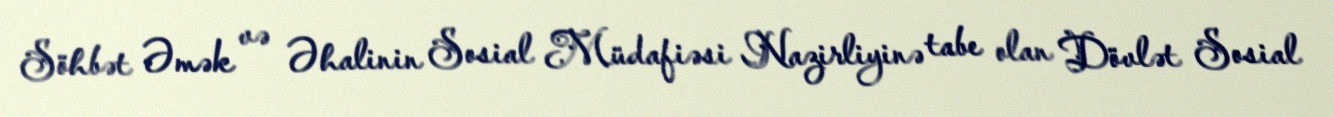
Söhbət Əmək və Əhalinin Sosial Müdafiəsi Nazirliyinə tabe olan Dövlət Sosial